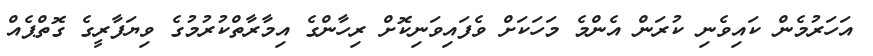
އަހަރުމެން ކައިވެނި ކުރަން އެންމެ މަހަކަށް ވެފައިވަނިކޮށް ރިހާންގެ އިމާރާތްކުރުމުގެ ވިޔަފާރީގެ ގޮތްޕެއް